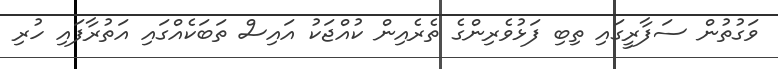
ވަގުތުން ސަފާރީގައި ތިބި ފަޅުވެރިންގެ ތެރެއިން ކުއްޖަކު އައިސް ތަބަކެއްގައި އަތުރާފައި ހުރި